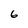
Character: 6